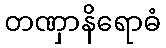
တဏှာနိရောဓံ